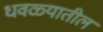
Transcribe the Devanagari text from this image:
धवळ्यातील